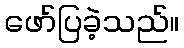
ဖော်ပြခဲ့သည်။